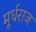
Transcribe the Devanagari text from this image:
मूर्धराज